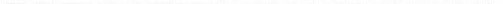
___